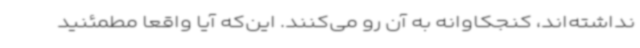
نداشته‌اند، کنجکاوانه به آن رو می‌کنند. این‌که آیا واقعا مطمئنید